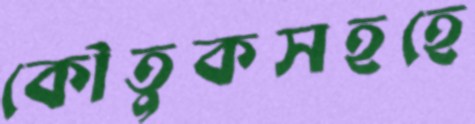
কৌতুকসহহে